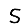
Digit: 5